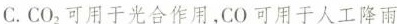
C.CO_{2}可用于光合作用，CO可用于人工降雨